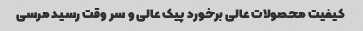
کیفیت محصولات عالی برخورد پیک عالی و سر وقت رسید مرسی